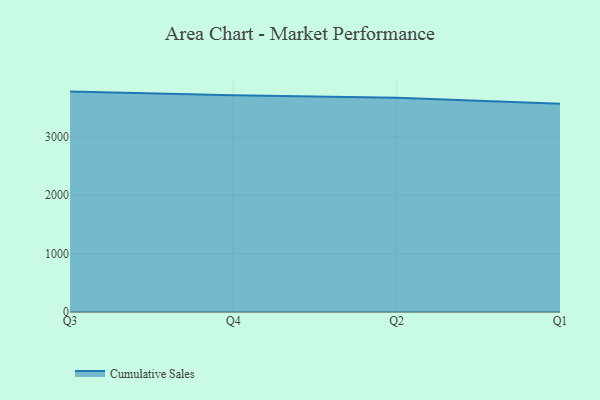
{"axis": {"x": "Quarter", "y": "Backlog"}, "legend": ["Cumulative Sales"], "data": [{"x": "Q3", "y": 3776.1, "type": "Cumulative Sales"}, {"x": "Q4", "y": 3712.0, "type": "Cumulative Sales"}, {"x": "Q2", "y": 3672.5, "type": "Cumulative Sales"}, {"x": "Q1", "y": 3565.9, "type": "Cumulative Sales"}]}